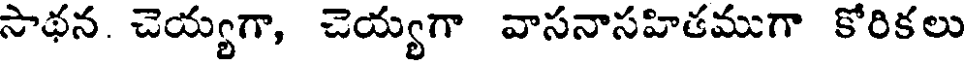
సాథన. చెయ్యగా, చెయ్యగా వాసనాసహితముగా కోరికలు